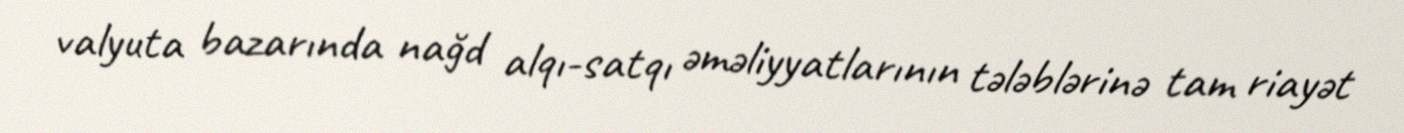
valyuta bazarında nağd alqı-satqı əməliyyatlarının tələblərinə tam riayət